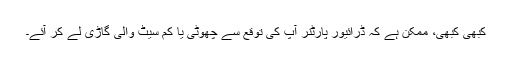
کبھی کبھی، ممکن ہے کہ ڈرائيور پارٹنر آپ کی توقع سے چھوٹی یا کم سیٹ والی گاڑی لے کر آئے۔